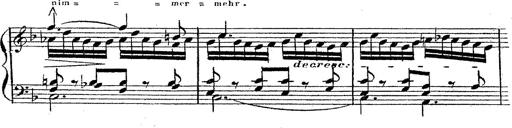
Title: 12 Lieder von Franz Schubert
Composer: Franz Liszt